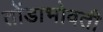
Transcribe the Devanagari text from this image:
तोंडाभोवती